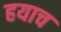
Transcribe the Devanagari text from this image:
हयाच